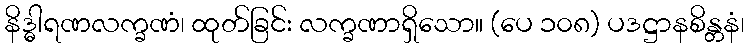
နိဒ္ဓါရဏလက္ခဏံ၊ ထုတ်ခြင်း လက္ခဏာရှိသော။ (ပေ ၁၀၈) ပဒဋ္ဌာနစိန္တနံ၊